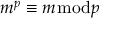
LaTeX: m ^ { p } \equiv m { \bmod { p } }